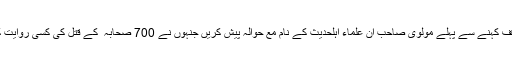
اس کو متفّقہ مؤقف کہنے سے پہلے مولوی صاحب ان علماء اہلحدیث کے نام مع حوالہ پیش کریں جنہوں نے 700 صحابہ ؓ کے قتل کی کسی روایت کی توثیق کی ہو۔